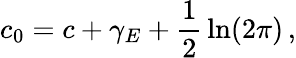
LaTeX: c_{0}=c+\gamma_{E}+\frac{1}{2}\, \ln(2\pi)\, ,